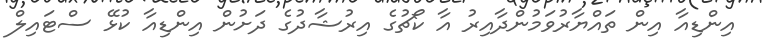
އިންޑިއާ އިން ތައްޔާރުވަމުންދާއިރު އާ ކޯޗުގެ އިރުޝާދުގެ ދަށުން އިންޑިއާ ކުޅޭ ސްޓައިލް